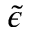
\tilde { \epsilon }